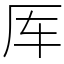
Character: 厍